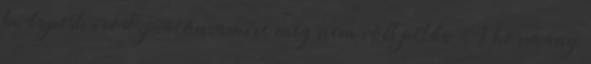
budapesti irodapiacon, amire még nem volt példa A kormány